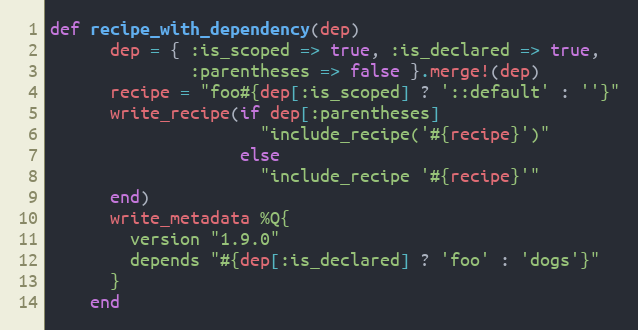
Language: Ruby
def recipe_with_dependency(dep)
      dep = { :is_scoped => true, :is_declared => true,
              :parentheses => false }.merge!(dep)
      recipe = "foo#{dep[:is_scoped] ? '::default' : ''}"
      write_recipe(if dep[:parentheses]
                     "include_recipe('#{recipe}')"
                   else
                     "include_recipe '#{recipe}'"
      end)
      write_metadata %Q{
        version "1.9.0"
        depends "#{dep[:is_declared] ? 'foo' : 'dogs'}"
      }
    end